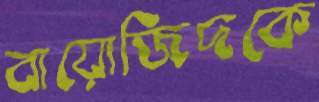
বায়োজিদকে